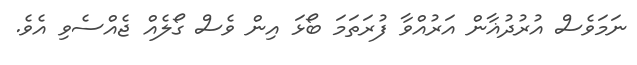
ނަމަވެސް އުރުދުޣާން އަރުއްވާ ފުރަތަމަ ބޯޅަ އިން ވެސް ގޯލެއް ޖެއްސެވި އެވެ.